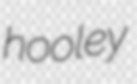
hooley